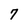
Character: 7